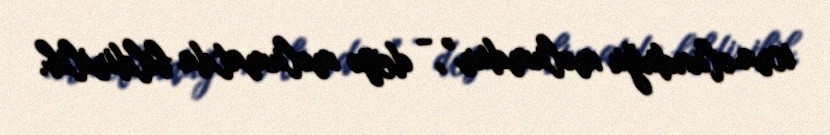
icra olunduğu məlumdur”, - deyə məlumatda bildirilib.